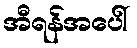
အီရန်အပေါ်